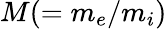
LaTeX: M(=m_{e}/m_{i})